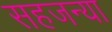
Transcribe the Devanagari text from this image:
सहजन्या